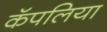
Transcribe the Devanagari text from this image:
कॅपलिया